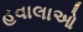
હવાલાઓ